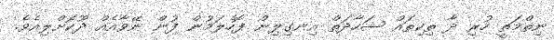
ނިތްމަތީ ހުރި ދާ ތިކިތައް ޝަހާދަތް އިނގިލިން ފޮހެލަމުން ފުން ނޭވާއެއް ދޫކޮށްލިއެވެ.